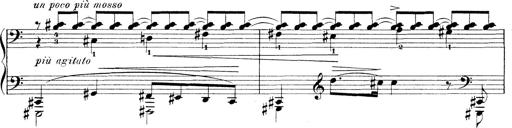
Title: 3 Ã‰tudes de concert
Composer: Franz Liszt